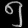
Digit: ၅